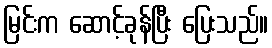
မြင်းက ဆောင့်ခုန်ပြီး ပြေးသည်။